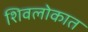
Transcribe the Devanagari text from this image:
शिवलोकात